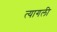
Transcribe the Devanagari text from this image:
त्यागली